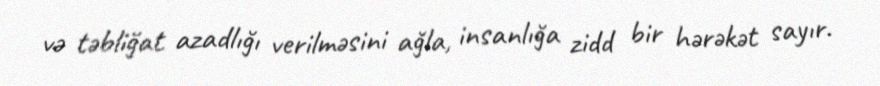
və təbliğat azadlığı verilməsini ağla, insanlığa zidd bir hərəkət sayır.